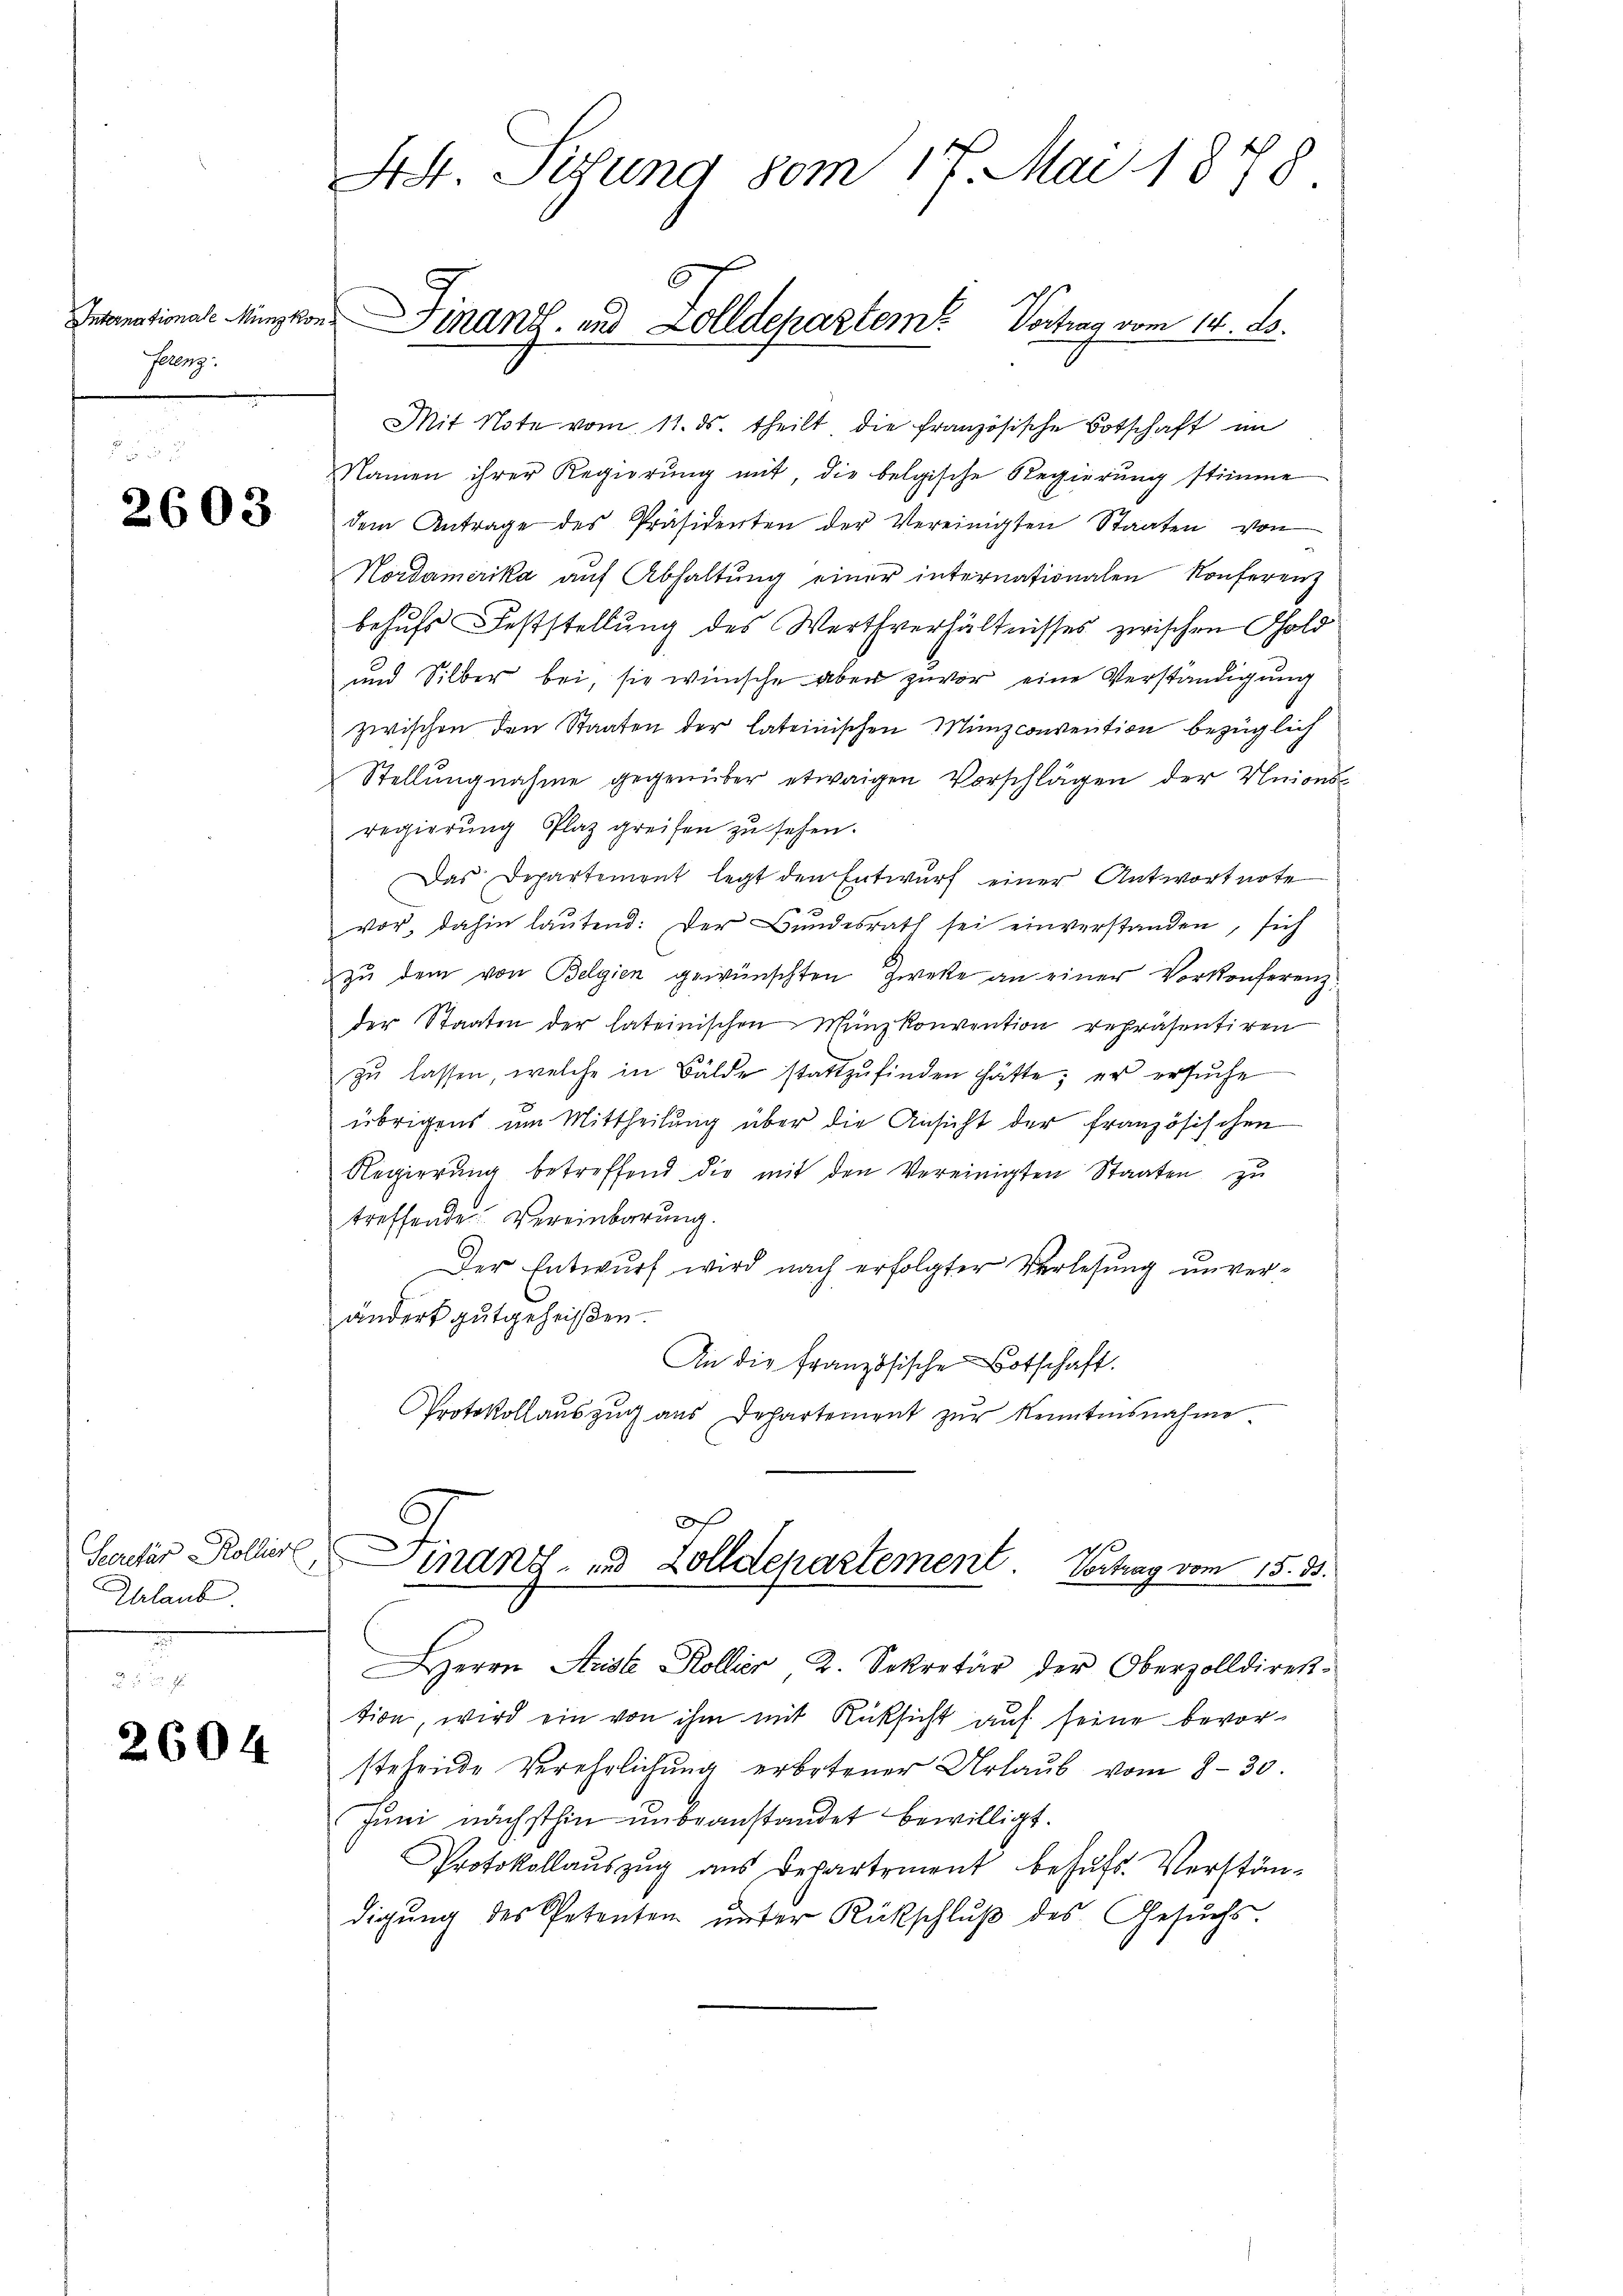
holenz

2603

Secretär Rolliere,
Ihrlaub.

2604

Ast. Sizung vom 17. Mai 1878
Intanational-Münzkon, Finanz- und Zolldepartem Vortrag vom 14. ds.

Mit Note vom 11. ds. theilt die französische Botschaft im
Namen ihrer Regierŭng mit, die belgische Regierŭng stimme
dem Antrage des Präsidenten der Vereinigten Staaten von
Nordamerika auf Abhaltung einer internationalen Konferenz
behufs Feststellung des Werthverhältnisses zwischen Sold
und Silber bei, sie wünsche aber zuvor eine Verständigung
zwischen den Staaten der lateinischen Münzconvention bezüglich
Stellungnahme gegenüber etwaigen Vorschlägen der Unions-
regierung Plaz greifen zu sehen.
Das Departemont legt den Entwurf einer Antwortnote
vor, dahin laŭtend: Der Bŭndesrath sei einverstanden, sich
zŭ dem von Belgien gewünschten Zwecke an einer Vorkonferenz
der Staaten der lateinischen Münzkonvention repräsentiren
zŭ lassen, welche in Bälde stattzŭfinden hätte; er ersŭche
übrigens um Mittheilung über die Ansicht der französischen
Regierung betreffend die mit den Vereinigten Staaten zu
treffende Vereinbarung.
Der Entwurf wird nach erfolgter Verlesung unverändert gutgeheißen.
An die Französische Botschaft.
Protokollauszug aus Departement zŭr Kenntnisnahme.
f
Finand, und Zolldepartement. Vortrag vom 15. 33.
.
Herrn Ariste Kollier 2. Sekretär der Oberzolldirek-
tion, wird ein von ihm mit Rüksicht auf seine bevorstehende Verehrlichŭng erbotener Urlaŭb vom 8. 30.
Juni nächsthin unbeanstandet bewilligt.
Protokollauszug aus Departement behufs Verständigŭng des Petenten ŭnter Rückschlŭβ des Gesŭchs.